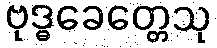
ဗုဒ္ဓခေတ္တေသု